Philaematomyia insignis, Austen - Number 54
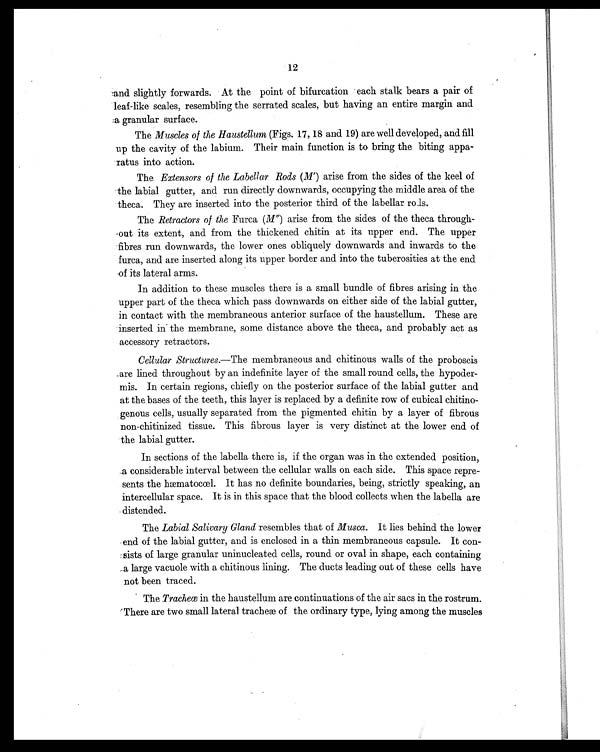
12
and slightly forwards. At the point of bifurcation each stalk bears a pair of
leaf-like scales, resembling the serrated scales, but having an entire margin and
a granular surface.
The Muscles of the Haustellum (Figs. 17, 18 and 19) are well developed, and fill
up the cavity of the labium. Their main function is to bring the biting appa
-ratus into action.
The Extensors of the Labellar Rods (M') arise from the sides of the keel of
the labial gutter, and run directly downwards, occupying the middle area of the
theca. They are inserted into the posterior third of the labellar rods.
The Retractors of the Furca (M") arise from the sides of the theca through-
out its extent, and from the thickened chitin at its upper end. The upper
fibres run downwards, the lower ones obliquely downwards and inwards to the
furca, and are inserted along its upper border and into the tuberosities at the end
of its lateral arms.
In addition to these muscles there is a small bundle of fibres arising in the
upper part of the theca which pass downwards on either side of the labial gutter,
in contact with the membraneous anterior surface of the haustellum. These are
inserted in the membrane, some distance above the theca, and probably act as
accessory retractors.
Cellular Structures .—The membraneous and chitinous walls of the proboscis
are lined throughout by an indefinite layer of the small round cells, the hypoder
-mis. In certain regions, chiefly on the posterior surface of the labial gutter and
at the bases of the teeth, this layer is replaced by a definite row of cubical chitino-
genous cells, usually separated from the pigmented chitin by a layer of fibrous
non-chitinized tissue. This fibrous layer is very distinct at the lower end of
the labial gutter.
In sections of the labella there is, if the organ was in the extended position,
a considerable interval between the cellular walls on each side. This space repre
- s e n t s t h e h æ m a t o c œ l . I t h a s n o d e f i n i t e b o u n d a r i e s , b e i n g , s t r i c t l y s p e a k i n g , a n
intercellular space. It is in this space that the blood collects when the labella are
distended.
The Labial Salivary Gland resembles that of Musca. It lies behind the lower
end of the labial gutter, and is enclosed in a thin membraneous capsule. It con
-sists of large granular uninucleated cells, round or oval in shape, each containing
a large vacuole with a chitinous lining. The ducts leading out of these cells have
not been traced.
The Tracheœ in the haustellum are continuations of the air sacs in the rostrum.
'There are two small lateral tracheæ of the ordinary type, lying among the muscles